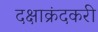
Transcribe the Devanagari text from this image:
दक्षाक्रंदकरी